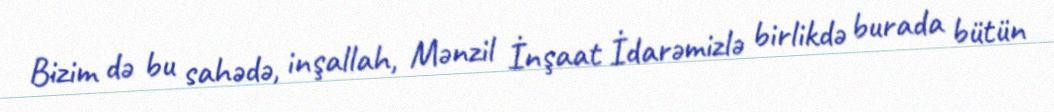
Bizim də bu sahədə, inşallah, Mənzil İnşaat İdarəmizlə birlikdə burada bütün